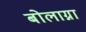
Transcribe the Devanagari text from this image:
बोलाग्ना